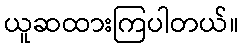
ယူဆထားကြပါတယ်။